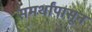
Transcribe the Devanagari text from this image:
समर्थांपासून